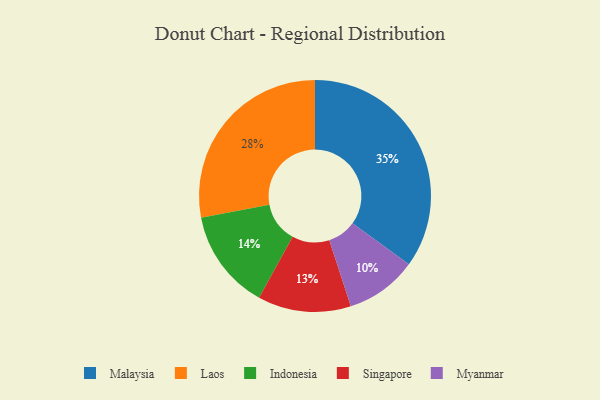
{"axis": {"x": "Category", "y": "Percentage"}, "legend": ["Indonesia", "Laos", "Malaysia", "Myanmar", "Singapore"], "data": [{"x": "Singapore", "y": 13, "type": "Singapore"}, {"x": "Malaysia", "y": 35, "type": "Malaysia"}, {"x": "Laos", "y": 28, "type": "Laos"}, {"x": "Indonesia", "y": 14, "type": "Indonesia"}, {"x": "Myanmar", "y": 10, "type": "Myanmar"}]}